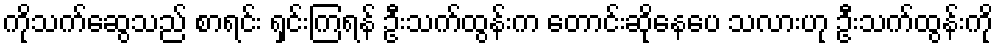
ကိုသက်ဆွေသည် စာရင်း ရှင်းကြရန် ဦးသက်ထွန်းက တောင်းဆိုနေပေ သလားဟု ဦးသက်ထွန်းကို